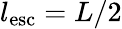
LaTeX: l_{\mathrm{esc}}=L/2